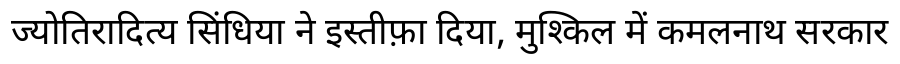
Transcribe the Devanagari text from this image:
ज्योतिरादित्य सिंधिया ने इस्तीफ़ा दिया, मुश्किल में कमलनाथ सरकार